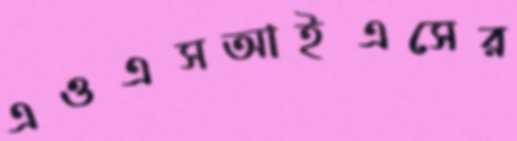
এওএসআইএসের